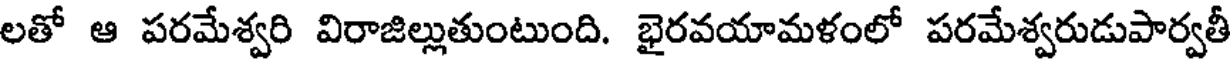
లతో ఆ పరమేశ్వరి విరాజిల్లుతుంటుంది. భైరవయామళంలో పరమేశ్వరుడుపార్వతీ